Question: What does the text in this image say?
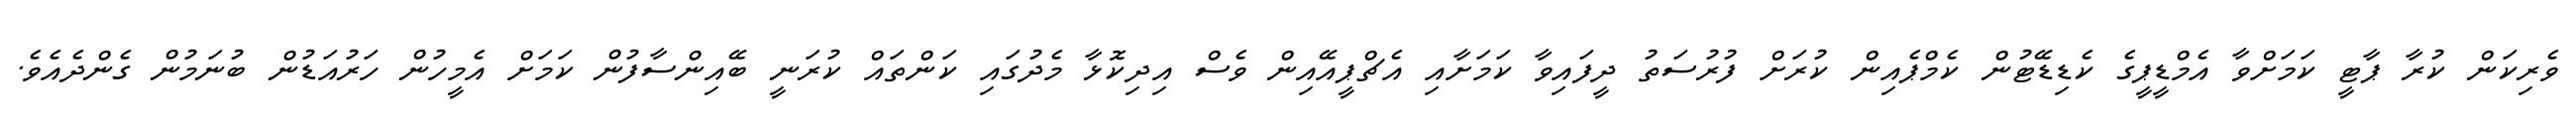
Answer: ވެރިކަން ކުރާ ޕާޓީ ކަމަށްވާ އެމްޑީޕީގެ ކެޑިޑޭޓުން ކެމްޕެއިން ކުރަށް ފުރުސަތު ދީފައިވާ ކަމަށާއި އެޗްޕީއޭއިން ވެސް އިދިކޮޅާ މެދުގައި ކަންތައް ކުރަނީ ބޭއިންސާފުން ކަމަށް އެމީހުން ހަރުއަޑުން ބުނަމުން ގެންދެއެވެ.